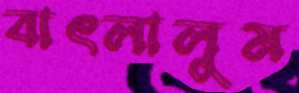
বাৎলালুম